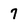
Character: 7